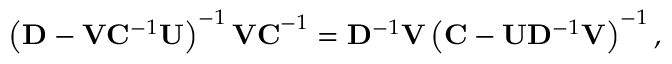
\left( \mathbf { D } - \mathbf { V } \mathbf { C } ^ { - 1 } \mathbf { U } \right) ^ { - 1 } \mathbf { V C } ^ { - 1 } = \mathbf { D } ^ { - 1 } \mathbf { V } \left( \mathbf { C } - \mathbf { U } \mathbf { D } ^ { - 1 } \mathbf { V } \right) ^ { - 1 } ,